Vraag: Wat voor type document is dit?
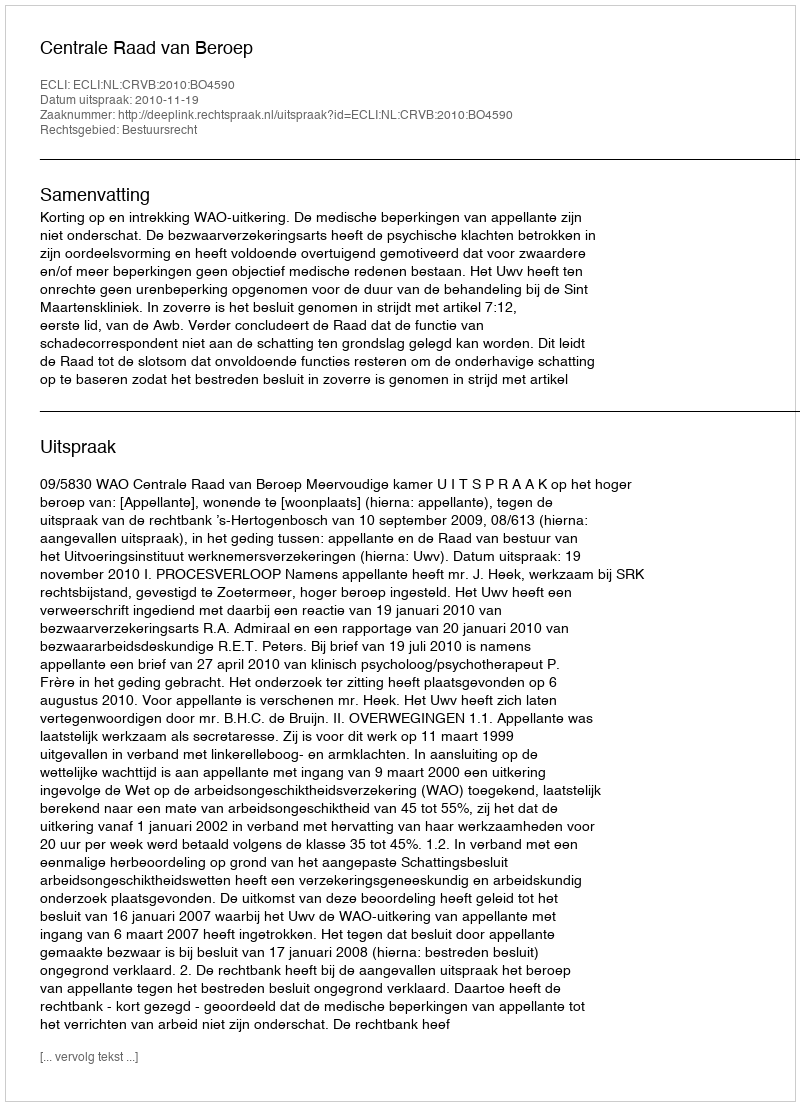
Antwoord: Uitspraak